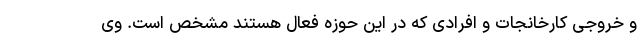
و خروجی کارخانجات و افرادی که در این حوزه فعال هستند مشخص است. وی